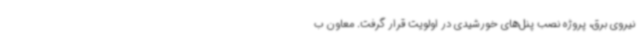
نیروی برق، پروژه نصب پنل‌های خورشیدی در اولویت قرار گرفت. معاون ب